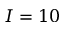
I = 1 0